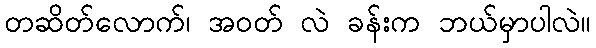
တဆိတ်လောက်၊ အဝတ် လဲ ခန်းက ဘယ်မှာပါလဲ။